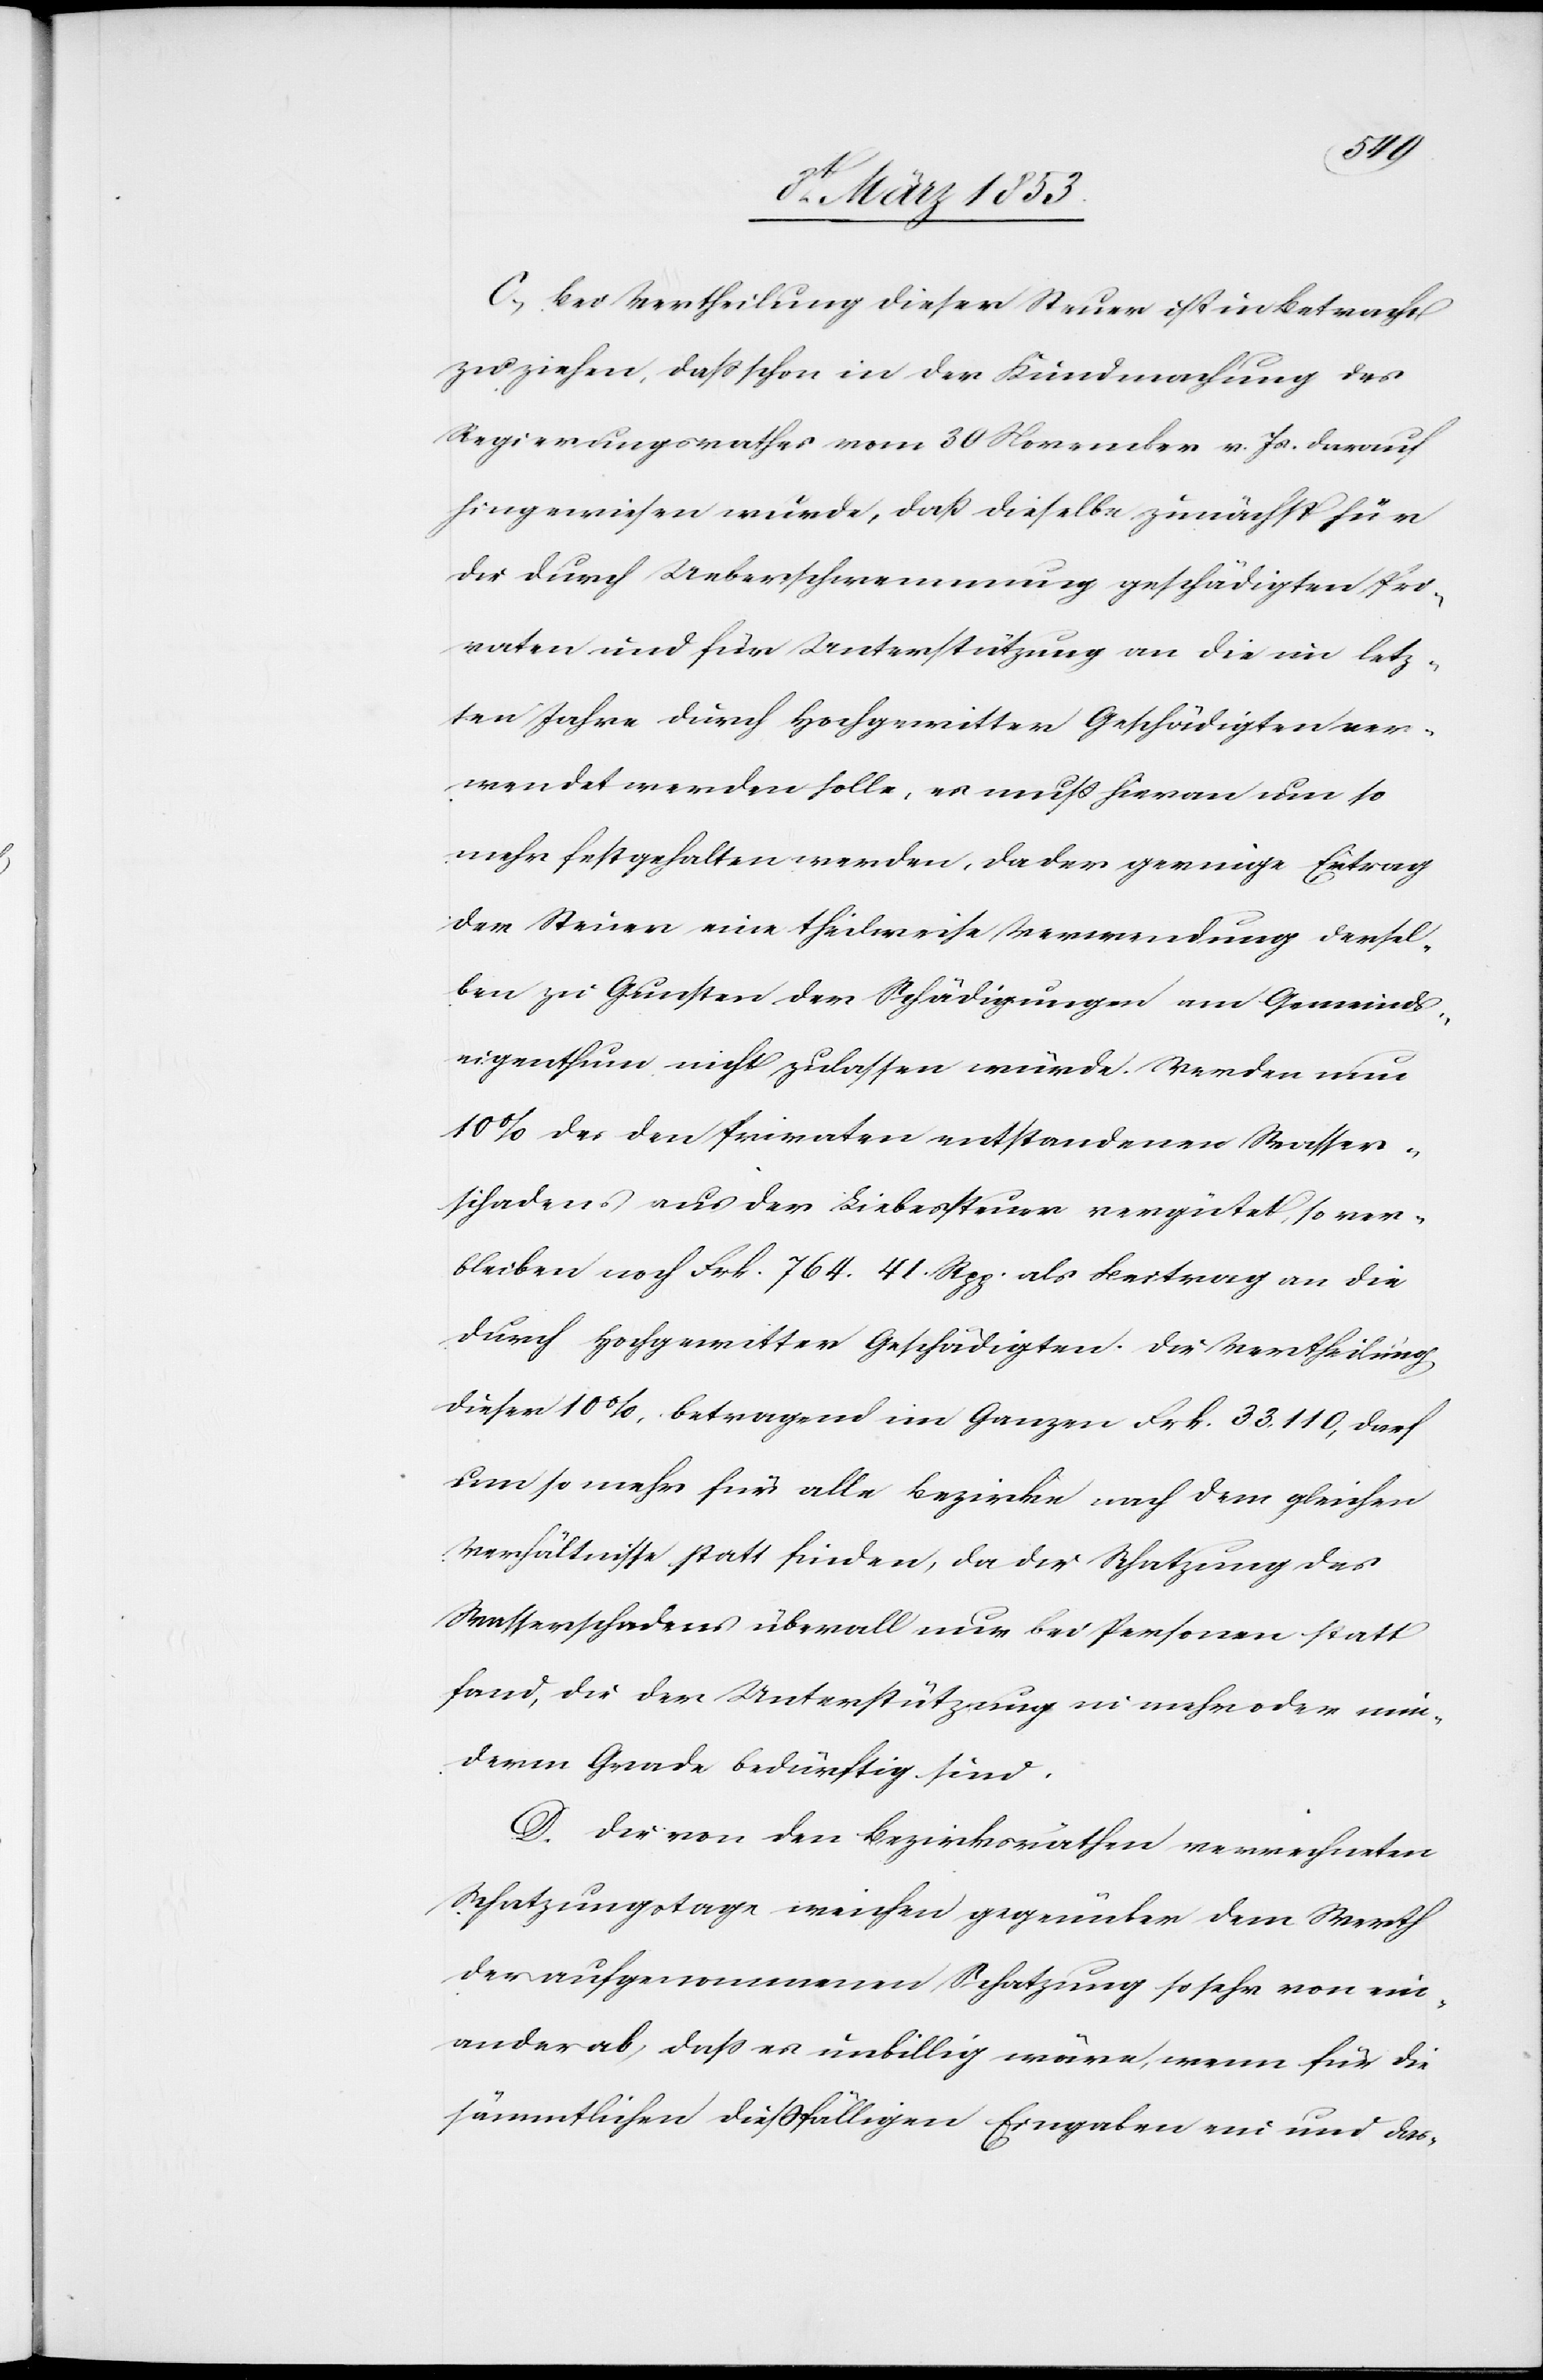
C, Bei Vertheilung dieser Steuer ist in Betracht
zu ziehen, daß schon in der Kundmachung des
Regierungsrathes vom 30 November v. Js. darauf
hingewiesen wurde, daß dieselbe zunächst für
die durch Ueberschwemmung geschädigten Pri¬
vaten und für Unterstützung an die im letz¬
ten Jahre durch Hochgewitter Geschädigten ver¬
wendet werden solle, es muß hieran um so
mehr festgehalten werden, da der geringe Ertrag
der Steuern eine theilweise Verwendung dersel¬
ben zu Gunsten der Schädigungen am Gemeinds¬
eigenthum nicht zulassen würde. Werde nun
10% des den Privaten entstandenen Wasser¬
schadens aus der Liebessteuer vergütet, so ver¬
bleiben noch Frk. 764. 41 Rpp. als Beitrag an die
durch Hochgewitter Geschädigten. Die Vertheilung
dieser 10%, betragend im Ganzen Frk. 33, 110, darf
um so mehr für alle Bezirke nach dem gleichen
Verhältnisse statt finden, da die Schatzung des
Wasserschadens überall nur bei Personen statt
fand, die der Unterstützung in mehr oder min¬
derm Grade bedürftig sind.
D. Die von den Bezirksräthen verrechneten
Schatzungstaxe weichen gegenüber dem Werth
der aufgenommenen Schatzung so sehr von ein¬
ander ab, daß es unbillig wäre, wenn für die
sämmtlichen dießfälligen Eingaben ein und das-